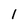
Character: 1